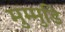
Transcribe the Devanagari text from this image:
मुम्मुडि